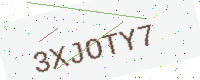
Text: 3XJOTY7